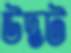
উদ্ভট